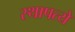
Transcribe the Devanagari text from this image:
स्थापत्ये